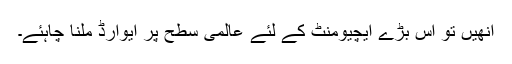
انھیں تو اس بڑے ایچیومنٹ کے لئے عالمی سطح پر ایوارڈ ملنا چاہئے۔